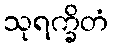
သုရက္ခိတံ